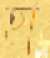
হা